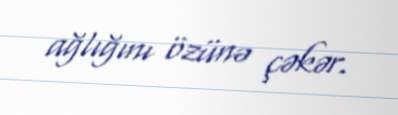
ağlığını özünə çəkər.